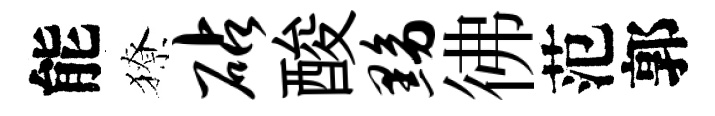
能獠砧酸黝彿范郭